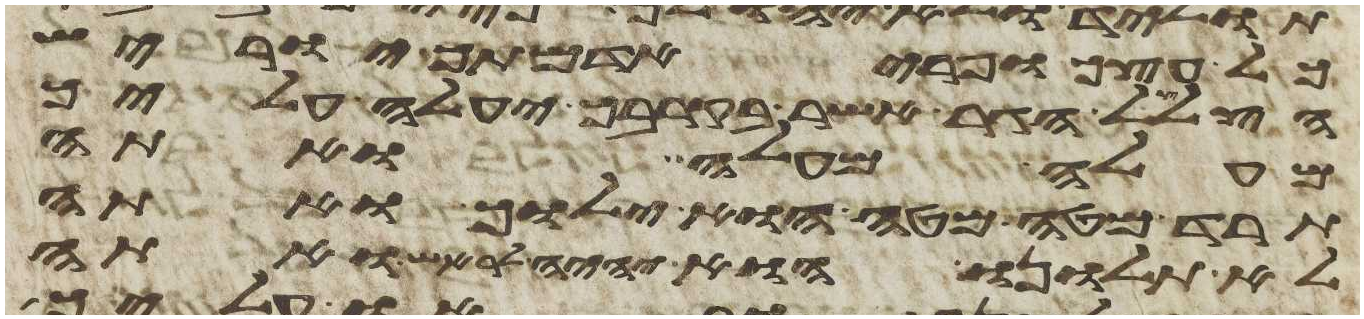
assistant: כל עצך ופרי אדמתך יוריש
הצלצל הגר אשר בקרבך יעלה עליך
מעלה מעלה ואתה
תרד מטה מטה הוא ילוך ואתה
לא תלונו הוא יהיה לראש ואתה